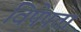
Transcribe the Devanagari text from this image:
विषेषता